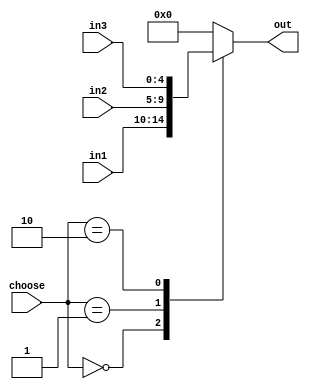
module select3_5(
input [4:0] in1,
input [4:0] in2,
input [4:0] in3,
input [1:0] choose,
output reg [4:0] out
);
always@(in1 or in2 or in3 or choose)
case(choose)
2'b00:out=in1;
2'b01:out=in2;
2'b10:out=in3;
default:out=5'b0;
endcase
endmodule